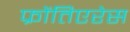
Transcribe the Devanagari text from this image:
फ्रोंतिएरेस